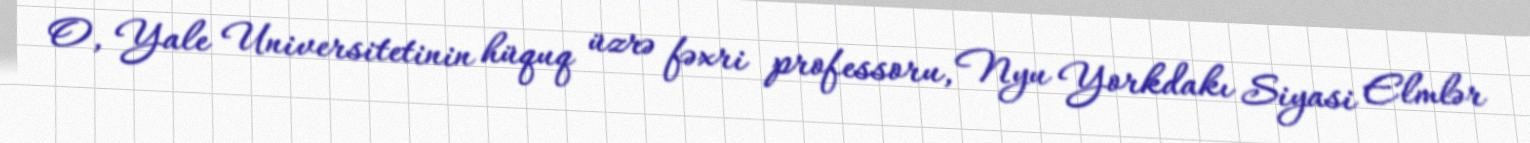
O, Yale Universitetinin hüquq üzrə fəxri professoru, Nyu Yorkdakı Siyasi Elmlər